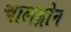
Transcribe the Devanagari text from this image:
चालड्रोन